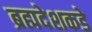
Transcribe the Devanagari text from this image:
ब्रह्मदेशकडे